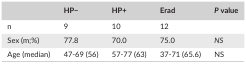
<table><thead><tr><td></td><td><b>HP−</b></td><td><b>HP+</b></td><td><b>Erad</b></td><td><b><i>P</i> value</b></td></tr></thead><tbody><tr><td>n</td><td>9</td><td>10</td><td>12</td><td></td></tr><tr><td>Sex (m;%)</td><td>77.8</td><td>70.0</td><td>75.0</td><td><i>NS</i></td></tr><tr><td>Age (median)</td><td>47‐69 (56)</td><td>57‐77 (63)</td><td>37‐71 (65.6)</td><td>NS</td></tr></tbody></table>